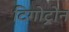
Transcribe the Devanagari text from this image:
टिगोट्रोन